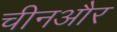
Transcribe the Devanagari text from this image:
चीनऔर